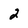
Character: 2